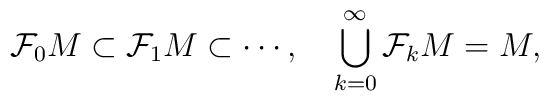
\mathcal{F}_0M\subset \mathcal{F}_1M\subset\cdots,\quad \bigcup_{k=0}^\infty \mathcal{F}_kM=M,